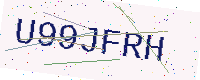
Text: U99JFRH